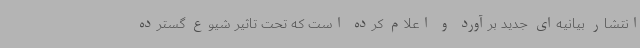
انتشار بیانیه‌ای جدید برآورد و اعلام کرده است که تحت تاثیر شیوع گسترده